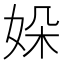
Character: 㛊